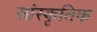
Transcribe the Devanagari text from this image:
सांस्‍कृतिक